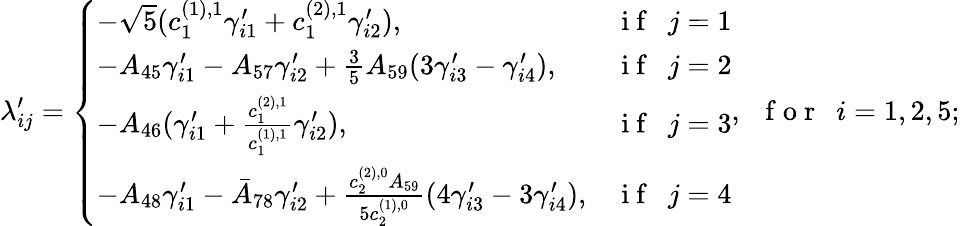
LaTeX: \lambda_{ij}^{\prime}=\left\{ \begin{array}{ll}{-\sqrt{5}(c_{1}^{(1),1}\gamma_{i1}^{\prime}+c_{1}^{(2),1}\gamma_{i2}^{\prime}),}&{\mathrm{~i~f~~~}j=1}\\ {-A_{45}\gamma_{i1}^{\prime}-A_{57}\gamma_{i2}^{\prime}+\frac{3}{5}A_{59}(3\gamma_{i3}^{\prime}-\gamma_{i4}^{\prime}),}&{\mathrm{~i~f~~~}j=2}\\ {-A_{46}(\gamma_{i1}^{\prime}+\frac{c_{1}^{(2),1}}{c_{1}^{(1),1}}\gamma_{i2}^{\prime}),}&{\mathrm{~i~f~~~}j=3}\\ {-A_{48}\gamma_{i1}^{\prime}-\bar{A}_{78}\gamma_{i2}^{\prime}+\frac{c_{2}^{(2),0}A_{59}}{5c_{2}^{(1),0}}(4\gamma_{i3}^{\prime}-3\gamma_{i4}^{\prime}),}&{\mathrm{~i~f~~~}j=4}\end{array}\right.,\mathrm{~~~f~o~r~~~}i=1,2,5;